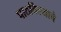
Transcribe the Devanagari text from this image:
पाठविल्याचे